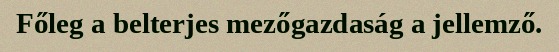
Főleg a belterjes mezőgazdaság a jellemző.